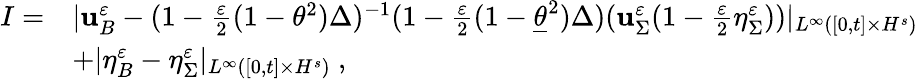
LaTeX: \begin{array}{rl}{I=}&{|\mathbf{u}_{B}^{\varepsilon}-(1-\frac{\varepsilon}{2}(1-\theta^{2})\Delta)^{-1}(1-\frac{\varepsilon}{2}(1-\underline{{\theta}}^{2})\Delta)(\mathbf{u}_{\Sigma}^{\varepsilon}(1-\frac{\varepsilon}{2}\eta_{\Sigma}^{\varepsilon}))|_{L^{\infty}([0,t]\times H^{s})}}\\ &{+|\eta_{B}^{\varepsilon}-\eta_{\Sigma}^{\varepsilon}|_{L^{\infty}([0,t]\times H^{s})}\ ,}\end{array}